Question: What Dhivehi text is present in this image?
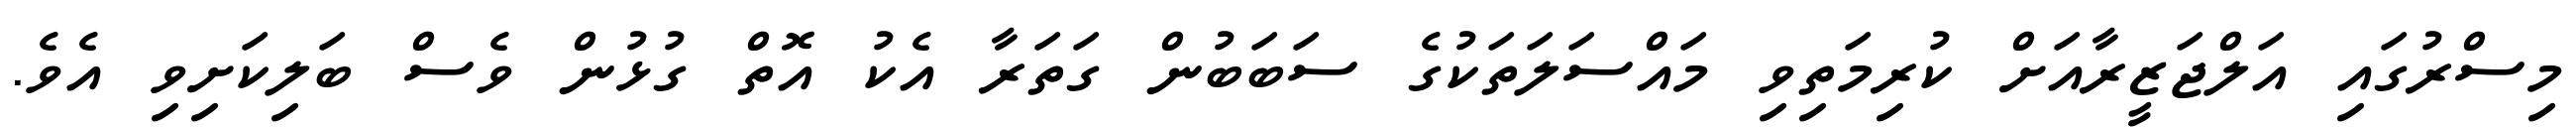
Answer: މިސްރުގައި އަލްޖަޒީރާއަށް ކުރިމަތިވި މައްސަލަތަކުގެ ސަބަބުން ގަތަރާ އެކު އޮތް ގުޅުން ވެސް ބަލިކަށިވި އެވެ.